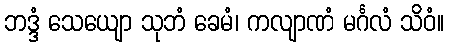
ဘဒ္ဒံ သေယျော သုဘံ ခေမံ၊ ကလျာဏံ မင်္ဂလံ သိဝံ။